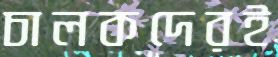
চালকদেরই